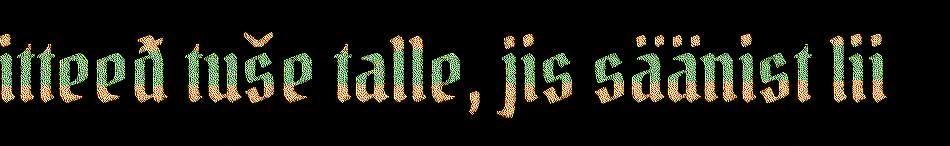
itteeđ tuše talle, jis säänist lii